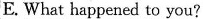
E. What happened to you?